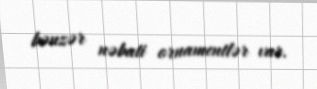
bənzər nəbati ornamentlər var.